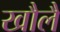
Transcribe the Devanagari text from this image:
खौलै